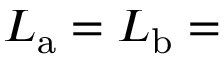
L _ { \mathrm { a } } = L _ { \mathrm { b } } =